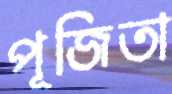
পূজিতা